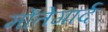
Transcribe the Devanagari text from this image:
मोंतेगार्द